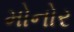
મોનોર